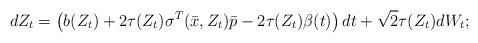
LaTeX: \begin{align*}d Z_t=\left(b(Z_t) +2\tau(Z_t)\sigma^T(\bar{x}, Z_t) \bar{p} -2\tau(Z_t) \beta(t)\right) dt +\sqrt{2} \tau(Z_t) d W_t ; \end{align*}